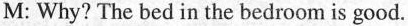
M: Why? The bed in the bedroom is good.